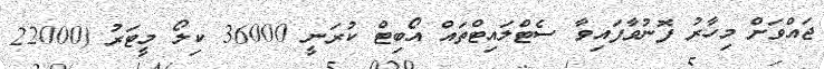
ޖައްވަށް މިހާރު ފޮނުވާފައިވާ ސެޓްލައިޓްތައް އޯބިޓް ކުރަނީ 36000 ކިލޯ މީޓަރު (22000